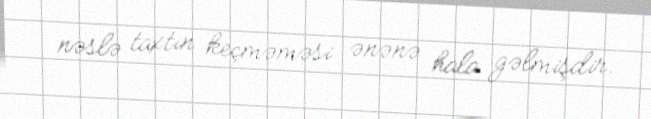
nəslə taxtın keçməməsi ənənə hala gəlmişdir.